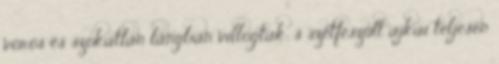
vörös és szokatlan lángban villogtak; s szétfeszült ajkai teljesen